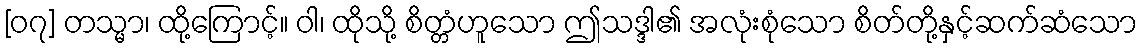
[၀၇] တသ္မာ၊ ထို့ကြောင့်။ ဝါ၊ ထိုသို့ စိတ္တံဟူသော ဤသဒ္ဒါ၏ အလုံးစုံသော စိတ်တို့နှင့်ဆက်ဆံသော